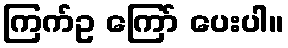
ကြက်ဥ ကြော် ပေးပါ။